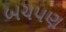
બચપણ